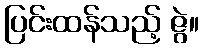
ပြင်းထန်သည့် ဇွဲ။